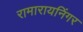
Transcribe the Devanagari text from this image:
रामारायनिंगर